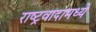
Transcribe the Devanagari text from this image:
राष्ट्रवादामध्ये